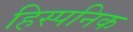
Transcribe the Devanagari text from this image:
हिस्पनिक